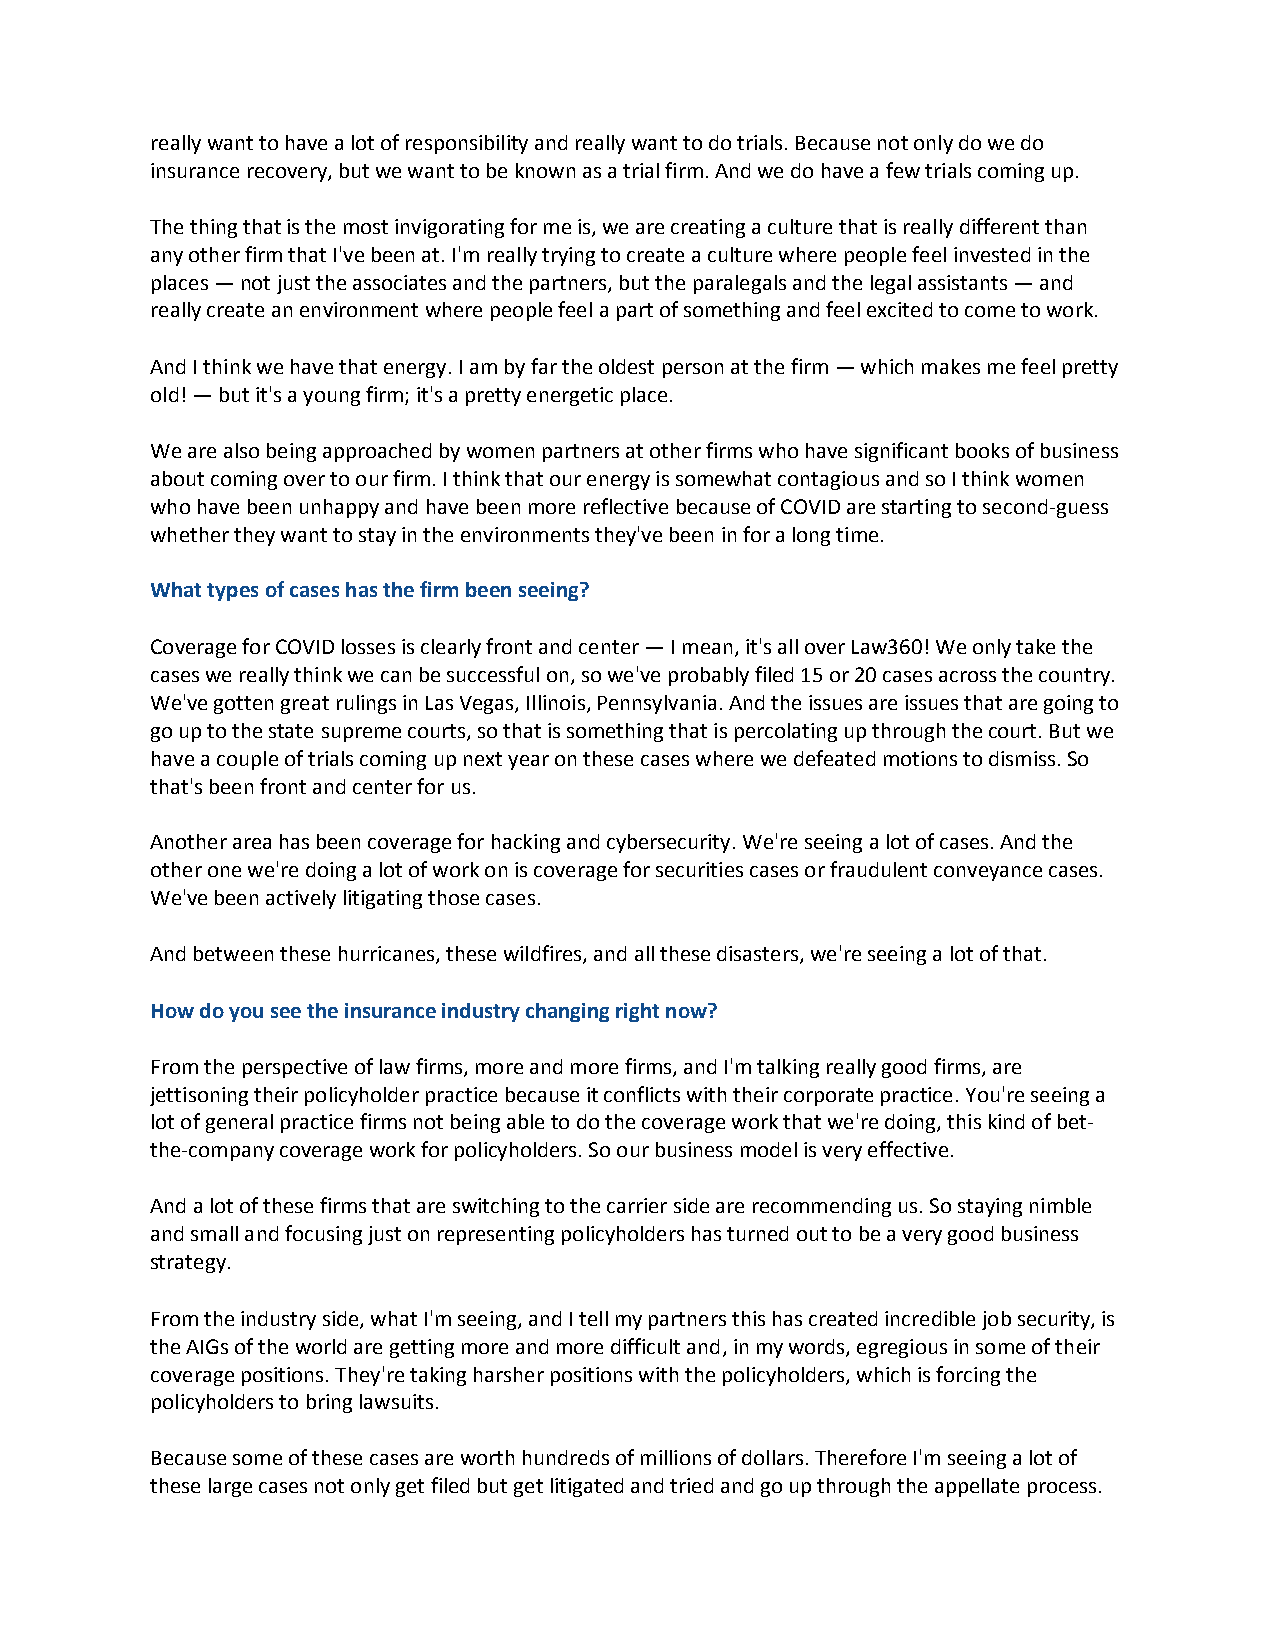
really want to have a lot of responsibility and really want to do trials. Because not only do we do
 insurance recovery, but we want to be known as a trial firm. And we do have a few trials coming up.
 The thing that is the most invigorating for me is, we are creating a culture that is really different than
 any other firm that I've been at. I'm really trying to create a culture where people feel invested in the
 places — not just the associates and the partners, but the paralegals and the legal assistants — and
 really create an environment where people feel a part of something and feel excited to come to work.
 And I think we have that energy. I am by far the oldest person at the firm — which makes me feel pretty
 old! — but it's a young firm; it's a pretty energetic place.
 We are also being approached by women partners at other firms who have significant books of business
 about coming over to our firm. I think that our energy is somewhat contagious and so I think women
 who have been unhappy and have been more reflective because of COVID are starting to second-guess
 whether they want to stay in the environments they've been in for a long time.
 What types of cases has the firm been seeing?
 Coverage for COVID losses is clearly front and center — I mean, it's all over Law360! We only take the
 cases we really think we can be successful on, so we've probably filed 15 or 20 cases across the country.
 We've gotten great rulings in Las Vegas, Illinois, Pennsylvania. And the issues are issues that are going to
 go up to the state supreme courts, so that is something that is percolating up through the court. But we
 have a couple of trials coming up next year on these cases where we defeated motions to dismiss. So
 that's been front and center for us.
 Another area has been coverage for hacking and cybersecurity. We're seeing a lot of cases. And the
 other one we're doing a lot of work on is coverage for securities cases or fraudulent conveyance cases.
 We've been actively litigating those cases.
 And between these hurricanes, these wildfires, and all these disasters, we're seeing a lot of that.
 How do you see the insurance industry changing right now?
 From the perspective of law firms, more and more firms, and I'm talking really good firms, are
 jettisoning their policyholder practice because it conflicts with their corporate practice. You're seeing a
 lot of general practice firms not being able to do the coverage work that we're doing, this kind of bet-
 the-company coverage work for policyholders. So our business model is very effective.
 And a lot of these firms that are switching to the carrier side are recommending us. So staying nimble
 and small and focusing just on representing policyholders has turned out to be a very good business
 strategy.
 From the industry side, what I'm seeing, and I tell my partners this has created incredible job security, is
 the AIGs of the world are getting more and more difficult and, in my words, egregious in some of their
 coverage positions. They're taking harsher positions with the policyholders, which is forcing the
 policyholders to bring lawsuits.
 Because some of these cases are worth hundreds of millions of dollars. Therefore I'm seeing a lot of
 these large cases not only get filed but get litigated and tried and go up through the appellate process.